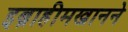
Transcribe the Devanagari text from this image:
इब्राहीमखानने